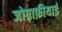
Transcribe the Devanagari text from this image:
जोग़्राफ़ीयाई